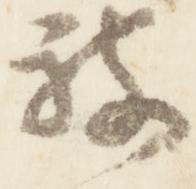
被